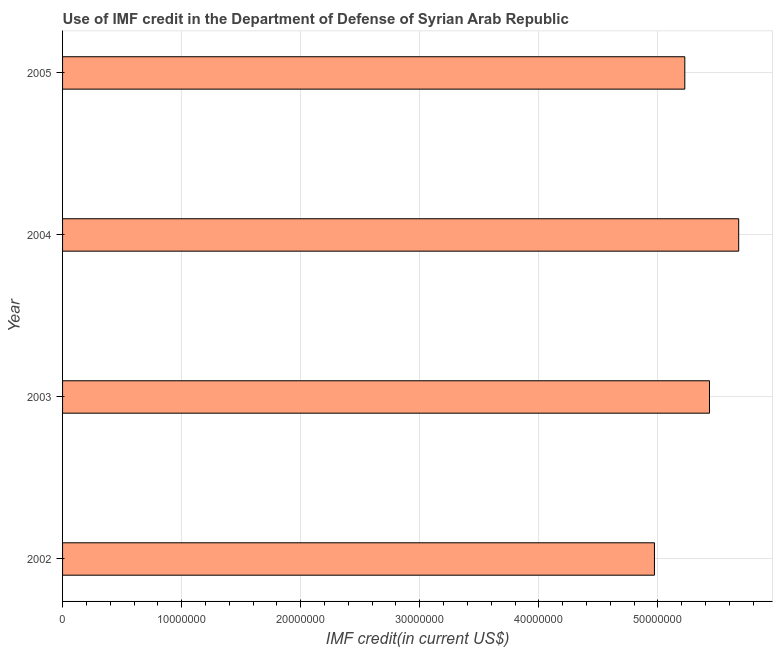
| Year | Use of IMF credit (DOD |
 | --- | --- |
 | 2002 | 4.97e+07 |
 | 2003 | 5.43e+07 |
 | 2004 | 5.68e+07 |
 | 2005 | 5.23e+07 |